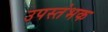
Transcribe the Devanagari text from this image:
उपस्तंभक